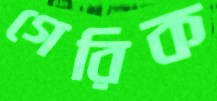
গেরিক